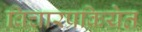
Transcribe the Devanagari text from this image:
विचारप्रक्रियेत